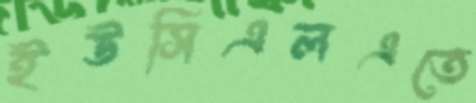
ইউসিএলএতে